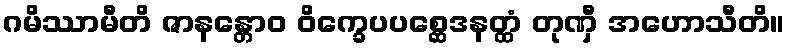
ဂမိဿာမီတိ ဇာနန္တောဝ ဝိက္ခေပပစ္ဆေဒနတ္ထံ တုဏှီ အဟောသီတိ။